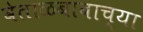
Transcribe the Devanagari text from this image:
वेताळबाबाच्या